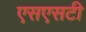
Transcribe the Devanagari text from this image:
एसएसटी